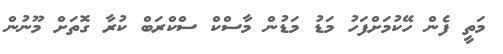
މަތީ ފެން ހޭކުމަށްފަހު މަޑު މަޑުން މާސްކް ސްކްރަބް ކުރާ ގޮތަށް މޫނުން